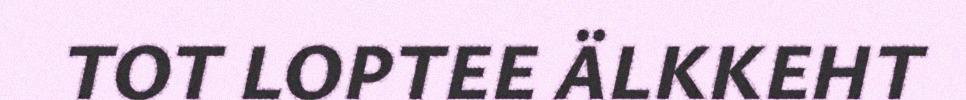
TOT LOPTEE ÄLKKEHT